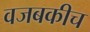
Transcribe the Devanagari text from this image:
वजबकीच